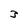
Character: 3